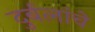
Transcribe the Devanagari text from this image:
दुर्बलांचे